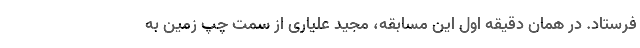
فرستاد. در همان دقیقه اول این مسابقه، مجید علیاری از سمت چپ زمین به